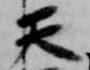
天